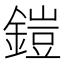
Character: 鎧